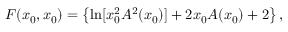
F ( x _ { 0 } , x _ { 0 } ) = \left\{ \ln [ x _ { 0 } ^ { 2 } A ^ { 2 } ( x _ { 0 } ) ] + 2 x _ { 0 } A ( x _ { 0 } ) + 2 \right\} ,